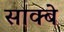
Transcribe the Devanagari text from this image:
साक्बे